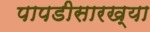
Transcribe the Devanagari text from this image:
पापडीसारख्या